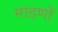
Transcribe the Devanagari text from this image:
मांडणों